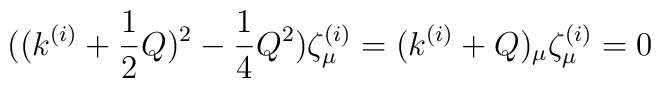
((k^{(i)}+\frac{1}{2}Q)^2-\frac{1}{4}Q^2)\zeta ^{(i)}_{\mu}=(k^{(i)}+Q)_{\mu}\zeta ^{(i)}_{\mu}=0